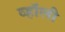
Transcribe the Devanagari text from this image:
व्हॉली